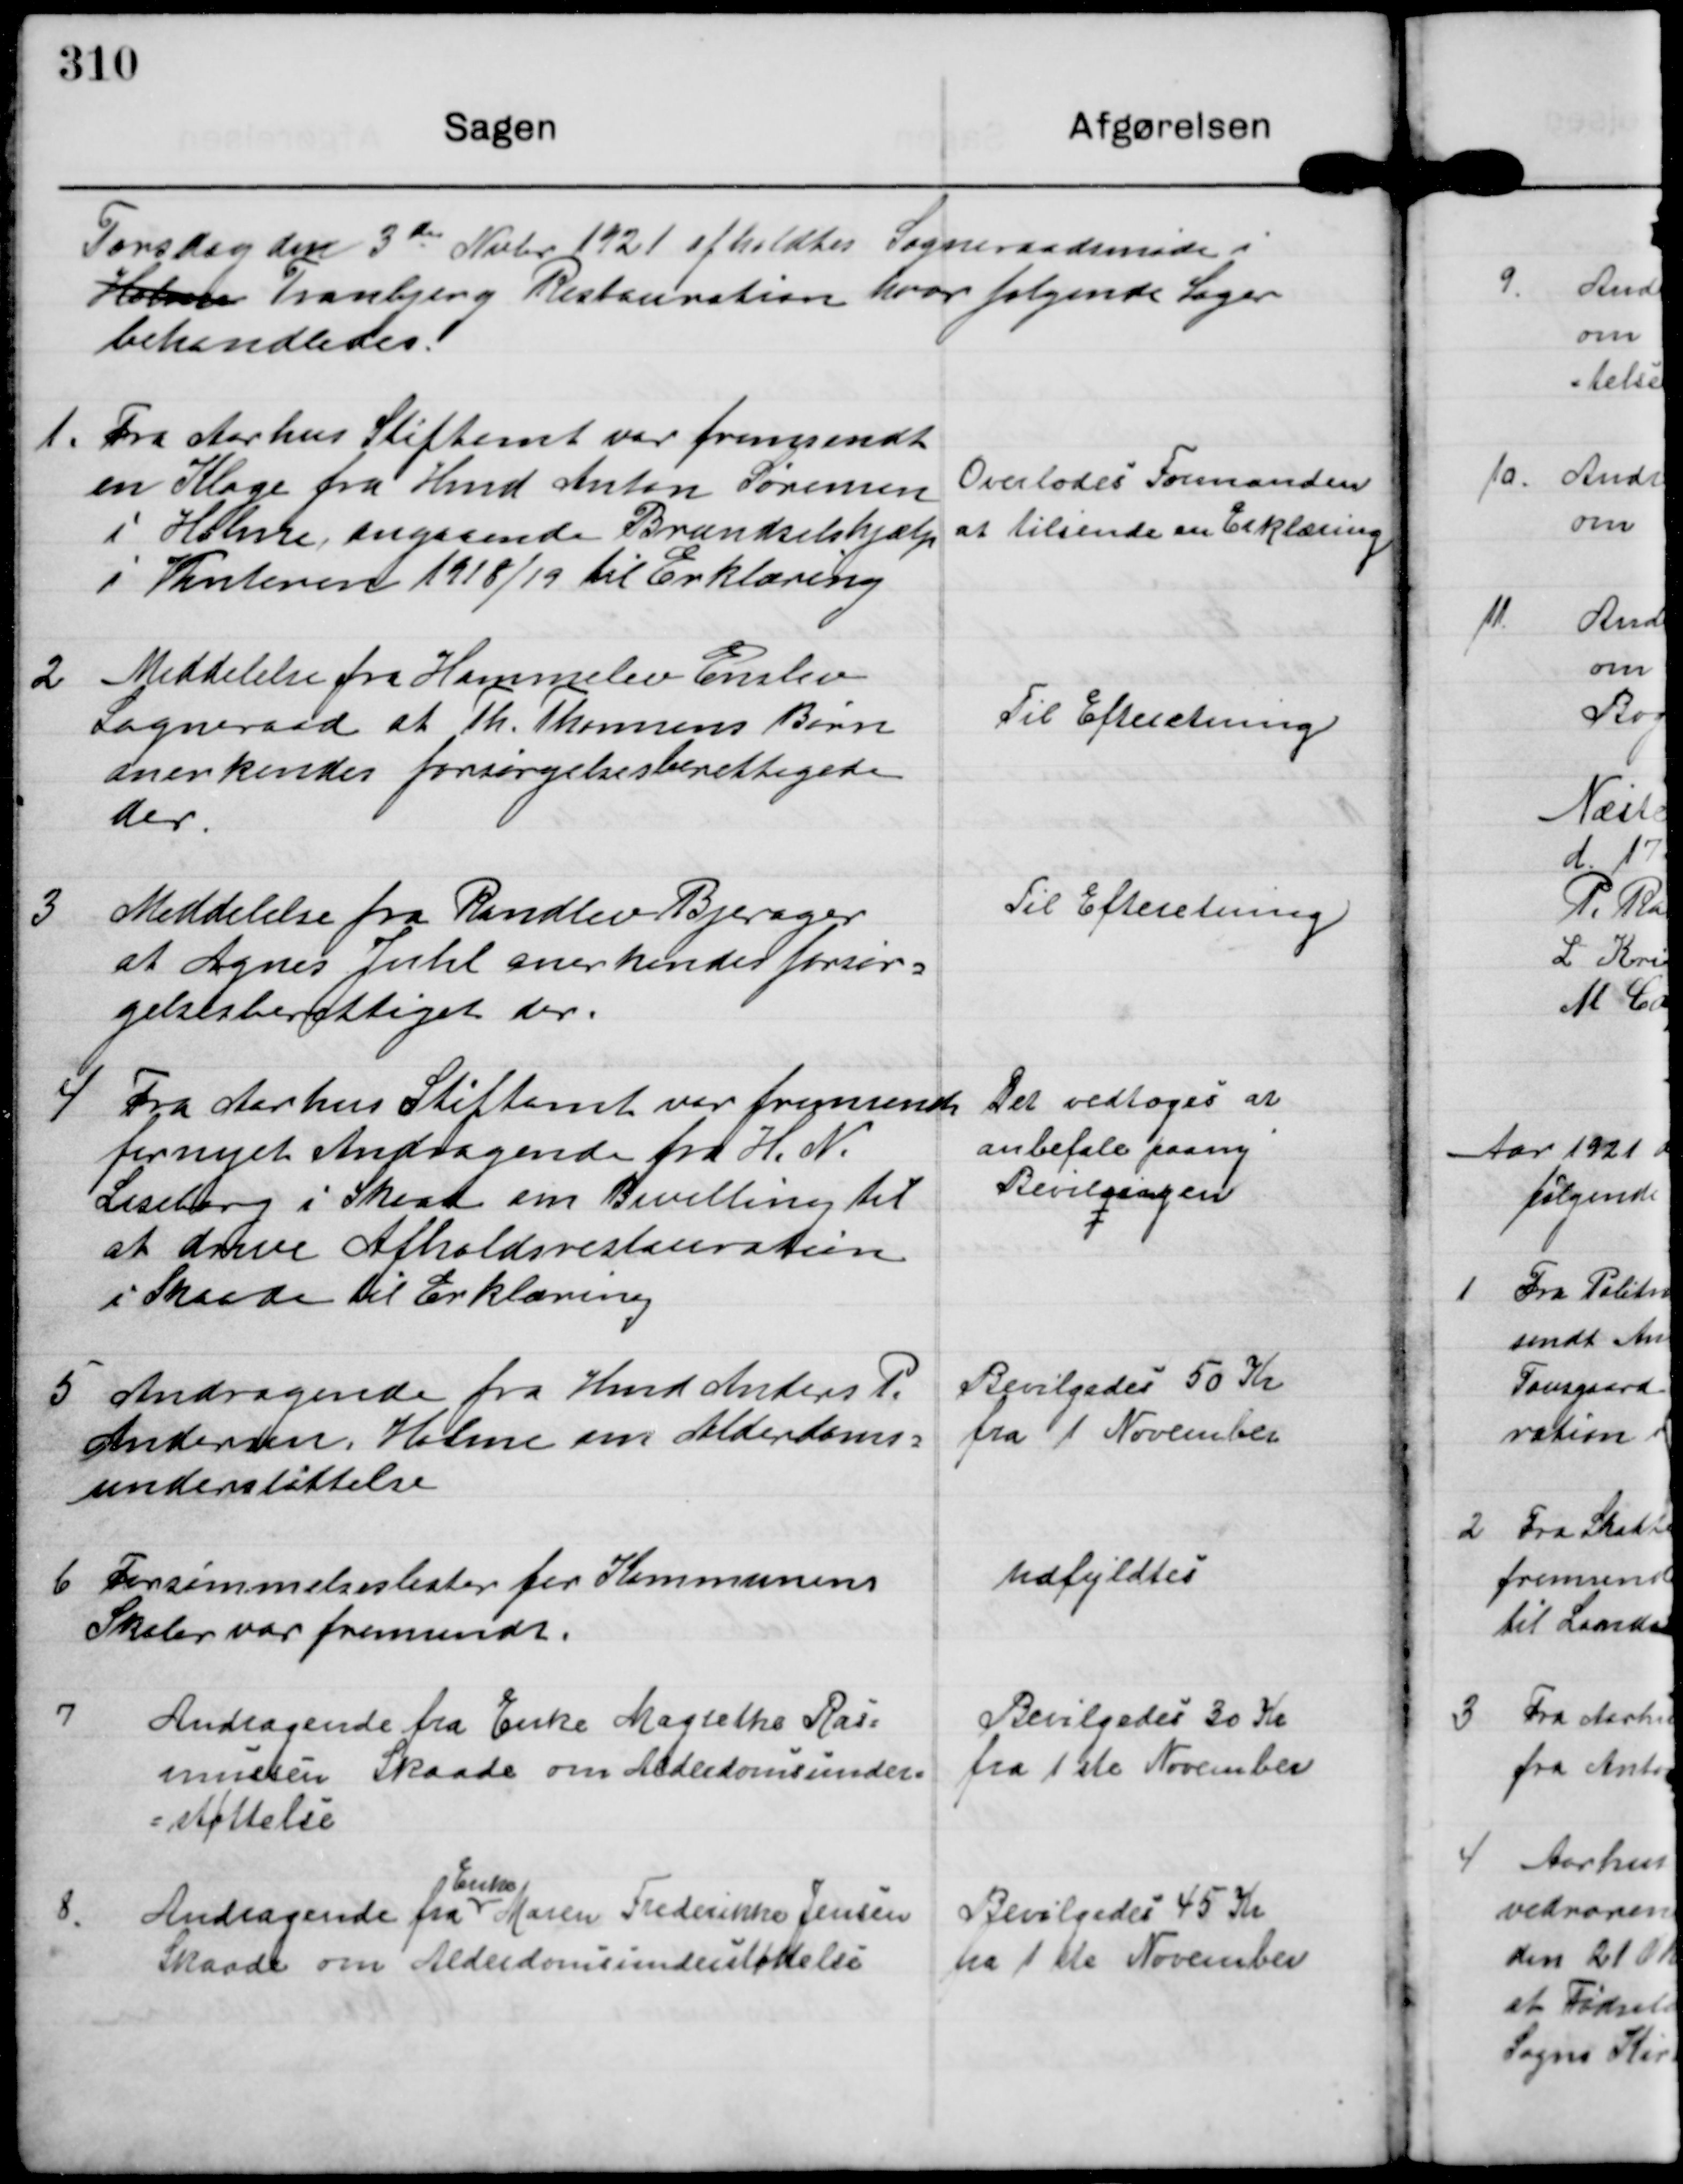
Transskription:
Torsdag den 3die Novbr 1921 afholdtes Sogneraadsmøde i
Holme Tranbjerg Restauration hvor følgende Sager
behandledes.

1. Fra Aarhus Stiftamt var fremsendt
en Klage fra Hmd Anton Sørensen
i Holme, angaaende Brændselshjælp
1 Vinteren 1918/19 til Erklæring

Overlodes Formanden
at tilsende en Erklæring

2 Meddelelse fra Hammelev Enslev
Sogneraad at Th. Thomsens Børn
anerkendes forsørgelsesberettigede
der.

Til Efteretning.

3 Meddelelse fra Randlev Bjerager
at Agnes Juhl anerkendes forsør-
gelsesberettiget der.

Til Efteretning.

4 Fra Aarhus Stiftamt ver fremsendt
fornyet Andragende fra H. N.
Liseborg i Skaade om Bevilling til
at drive Afholdsrestauration
i Skaade til Erklæring

Det vedtoges at
anbefale paany
Bevilgingen

5 Andragende fra Hmd Anders P.
Andersen Holme om Alderdoms=
understøttelse

Bevilgedes 50 Kr
fra 1 November

6 Forsømmelseslister for Kommunens
Skoler var fremsendt.

Udfyldtes.

7

Andragende fra Enke Magrethe Ras-
mussen Skaade om Alderdomsunder-
støttelse

Bevilgedes 30 Kr
fra 1 ste November

8.

Enke
Andragende fra Enke Maren Frederikke Jensen
Skaade om Alderdomsunderstøttelse

Bevilgedes 45 Kr
fra 1 ste November